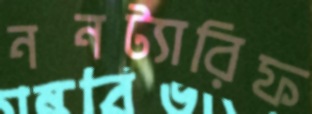
ননট্যারিফ